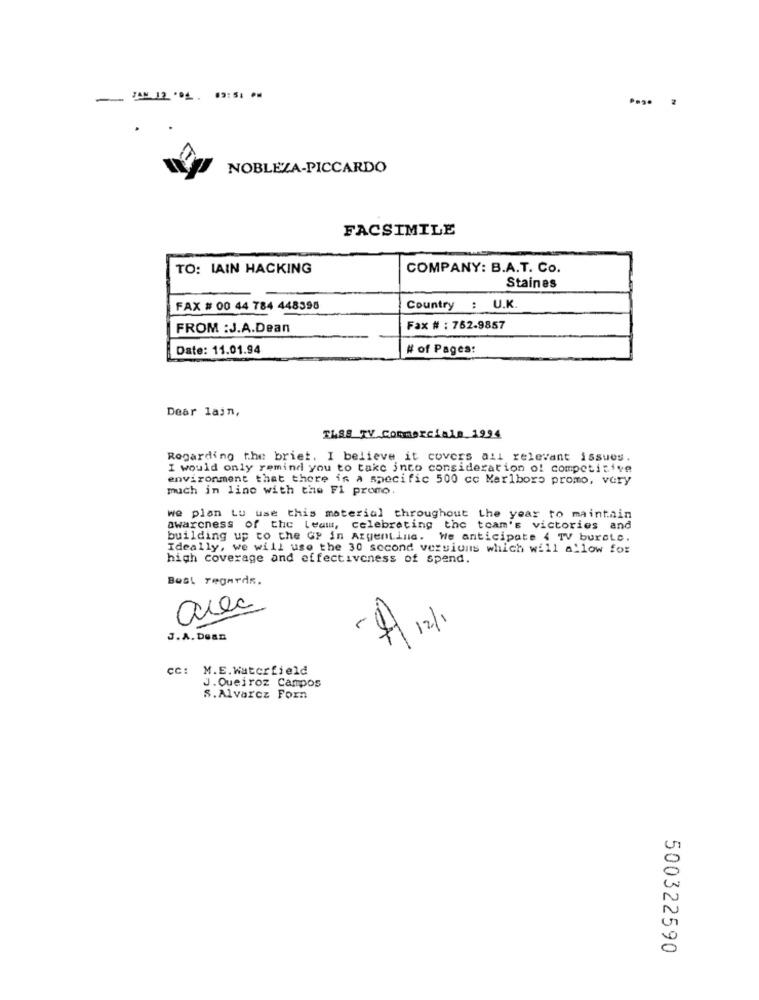
- 1AN 12 .04 09:51 PM
NOBLEZA-PICCARDO
FACSIMILE
TO: IAIN HACKING
COMPANY: B.A.T. Co.
Staines
FAX # 00 44 784 448398
Country : U.K.
FROM : J.A.Dean
Fax # : 762.9857
Date: 11.01.94
# of Pages:
Dear lain,
ELSE TV Commerciale 1994
Regarding the briet. I believe it covers all relevant issues.
I would only remind you to take into consideration of competitive
environment that there is a specific 500 cc Marlboro promo, very
much in line with the Fi promo
we plan tu use this material throughout the year to maintain
awareness of the Leam, celebrating the team's victories and
building up to the GF in Argentina. We anticipate 4 TV buretc.
Ideally, we will use the 30 second versions which will allow for
high coverage and effectiveness of spend.
Best regards.
area
121
J.A. Dean
ce:
M.E. Waterfield
J.Queiroz Campos
S.Alvarez Forn
500322590